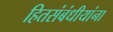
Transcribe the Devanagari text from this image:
हितसंबंधीयांना